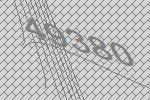
49380